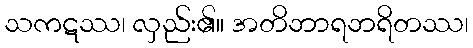
သကဋဿ၊ လှည်း၏။ အတိဘာရဘရိတဿ၊